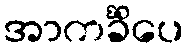
အာကင်္ခိံပေ